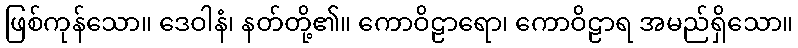
ဖြစ်ကုန်သော။ ဒေဝါနံ၊ နတ်တို့၏။ ကောဝိဠာရော၊ ကောဝိဠာရ အမည်ရှိသော။